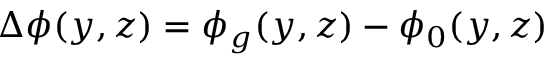
\Delta \phi ( y , z ) = \phi _ { g } ( y , z ) - \phi _ { 0 } ( y , z )